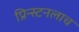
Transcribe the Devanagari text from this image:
प्रिन्स्टनलाच